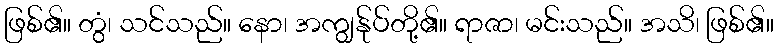
ဖြစ်၏။ တွံ၊ သင်သည်။ နော၊ အကျွန်ုပ်တို့၏။ ရာဇာ၊ မင်းသည်။ အသိ၊ ဖြစ်၏။